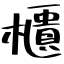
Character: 櫃